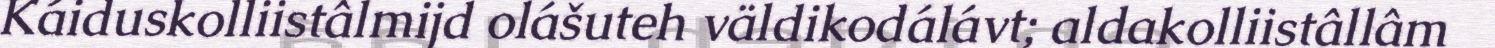
Káiduskolliistâlmijd olášuteh väldikodálávt; aldakolliistâllâm